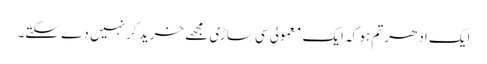
ایک ادھر تم ہو کہ ایک معمولی سی ساڑی مجھے خرید کر نہیں دے سکتے۔